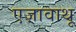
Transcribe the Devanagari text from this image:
एज़ावाथू